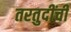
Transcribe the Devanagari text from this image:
तरतुदींची